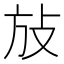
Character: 𰕆